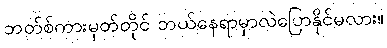
ဘတ်စ်ကားမှတ်တိုင် ဘယ်နေရာမှာလဲပြောနိုင်မလား။